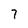
Character: 7